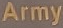
Army